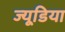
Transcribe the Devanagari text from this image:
ज्यूडिया